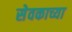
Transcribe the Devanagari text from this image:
सेवकाच्या